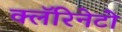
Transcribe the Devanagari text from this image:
क्लॅरिनेटो